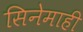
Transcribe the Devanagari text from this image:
सिनेमाही